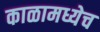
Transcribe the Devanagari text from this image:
काळामध्येच